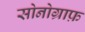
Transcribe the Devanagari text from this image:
सोनोग्राफ़